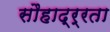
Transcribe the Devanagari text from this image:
सौहाद्र्रता